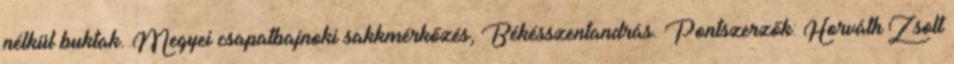
nélkül buktak. Megyei csapatbajnoki sakkmérkőzés, Békésszentandrás. Pontszerzők: Horváth Zsolt